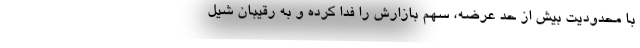
با محدودیت بیش از حد عرضه، سهم بازارش را فدا کرده و به رقیبان شیل